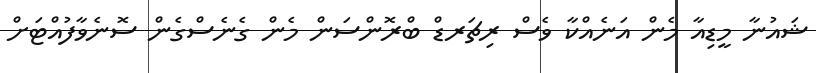
ޝައުނާ މީޑިއާ މެން އަނެއްކާ ވެސް ރިޗަރޑް ބްރޮންސަން މެން ގެނެސްގެން ސޮނެވާފުއްޓަށް